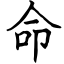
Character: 命